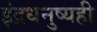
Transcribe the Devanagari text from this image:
इंद्रधनुष्यही